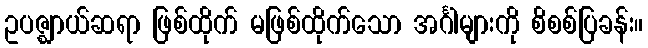
ဥပဇ္ဈာယ်ဆရာ ဖြစ်ထိုက် မဖြစ်ထိုက်သော အင်္ဂါများကို စိစစ်ပြခန်း။